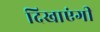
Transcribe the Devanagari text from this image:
दिखाएंगी